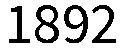
1892